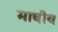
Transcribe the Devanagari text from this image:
माघीय